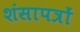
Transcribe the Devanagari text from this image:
शंसापत्रों